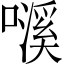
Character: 𱕁